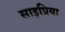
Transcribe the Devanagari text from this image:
साइप्रिया